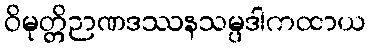
ဝိမုတ္တိဉာဏဒဿနသမ္ပဒါကထာယ